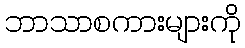
ဘာသာစကားများကို